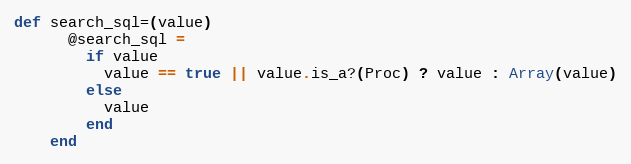
Language: Ruby
def search_sql=(value)
      @search_sql =
        if value
          value == true || value.is_a?(Proc) ? value : Array(value)
        else
          value
        end
    end